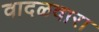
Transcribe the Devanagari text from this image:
वादळवारा